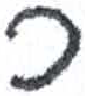
אות: ך